Bombay plague: being a history of the progress of plague in the Bombay presidency from September 1896 to June 1899
Year: 1896
Disease focus: Plague
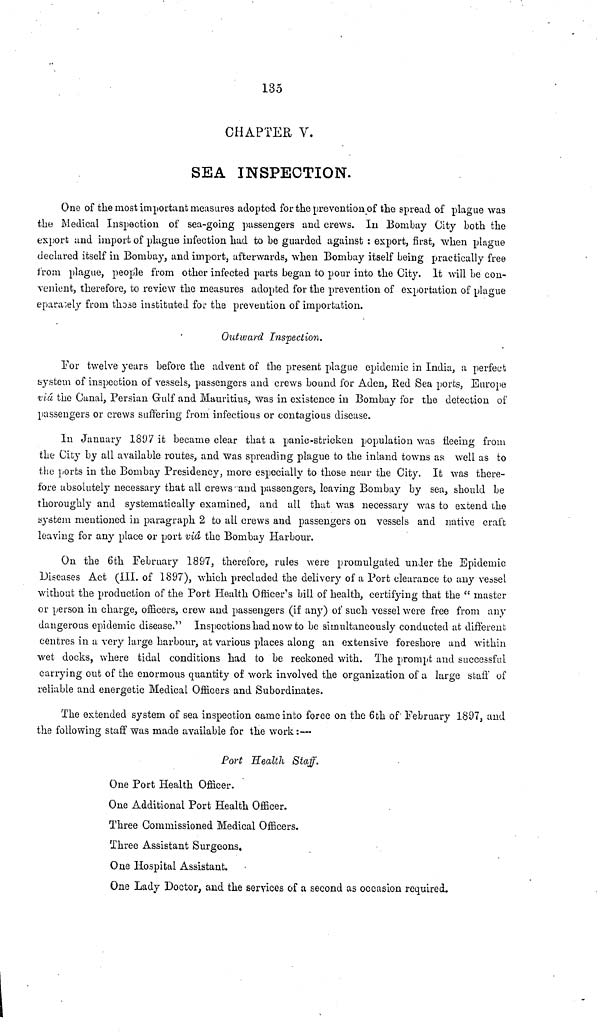
135
CHAPTER V.
SEA INSPECTION.
One of the most important measures adopted for the prevention of the spread of plague was
the Medical Inspection of sea-going passengers and crews. In Bombay City both the
export and import of plague infection had to be guarded against : export, first, when plague
declared itself in Bombay, and import, afterwards, when Bombay itself being practically free
from plague, people from other infected parts began to pour into the City. It will be con-
venient, therefore, to review the measures adopted for the prevention of exportation of plague
eparately from those instituted for the prevention of importation.
Outward Inspection.
For twelve years before the advent of the present plague epidemic in India, a perfect
system of inspection of vessels, passengers and crews bound for Aden, Red Sea ports, Europe
viá the Canal, Persian Gulf and Mauritius, was in existence in Bombay for the detection of
passengers or crews suffering from infectious or contagious disease.
In January 1897 it became clear that a panic-stricken population was fleeing from
the City by all available routes, and was spreading plague to the inland towns as well as to
the ports in the Bombay Presidency, more especially to those near the City. It was there-
fore absolutely necessary that all crews and passengers, leaving Bombay by sea, should be
thoroughly and systematically examined, and all that was necessary was to extend the
system mentioned in paragraph 2 to all crews and passengers on vessels and native craft
leaving for any place or port viâ the Bombay Harbour.
On the 6th February 1897, therefore, rules were promulgated under the Epidemic
Diseases Act (III. of 1897), which precluded the delivery of a Port clearance to any vessel
without the production of the Port Health Officer's bill of health, certifying that the " master
or person in charge, officers, crew and passengers (if any) of such vessel were free from any
dangerous epidemic disease." Inspections had now to be simultaneously conducted at different
centres in a very large harbour, at various places along an extensive foreshore and within
wet docks, where tidal conditions had to be reckoned with. The prompt and successful
carrying out of the enormous quantity of work involved the organization of a large staff of
reliable and energetic Medical Officers and Subordinates.
The extended system of sea inspection came into force on the 6th of February 1897, and
the following staff was made available for the work :—
Port Health Staff.
One Port Health Officer.
One Additional Port Health Officer.
Three Commissioned Medical Officers.
Three Assistant Surgeons.
One Hospital Assistant.
One Lady Doctor, and the services of a second as occasion required.